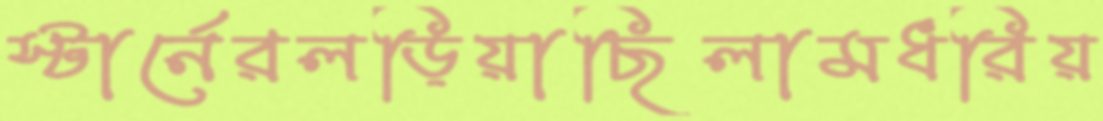
স্টার্নেরলড়িয়াছিলামধরিয়